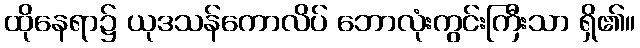
ထိုနေရာ၌ ယုဒသန်ကောလိပ် ဘောလုံးကွင်းကြီးသာ ရှိ၏။